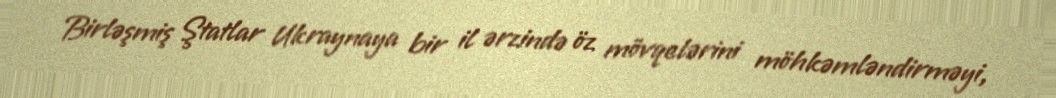
Birləşmiş Ştatlar Ukraynaya bir il ərzində öz mövqelərini möhkəmləndirməyi,